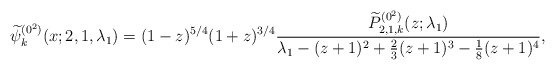
\begin{gather*} \widetilde{\psi }_{k}^{(0^{2})}(x;2,1,\lambda _{1})=( 1-z) ^{5/4}(1+z) ^{3/4}\frac{\widetilde{P}_{2,1,k}^{( 0^{2}) }(z; \lambda_1) }{\lambda _{1}-(z+1) ^{2}+\frac{2}{ 3}(z+1) ^{3}-\frac{1}{8}(z+1) ^{4}},\end{gather*}